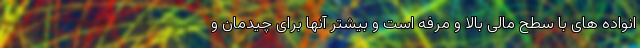
انواده های با سطح مالی بالا و مرفه است و بیشتر آنها برای چیدمان و